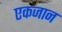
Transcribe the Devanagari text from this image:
एकजान